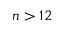
n > 1 2